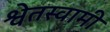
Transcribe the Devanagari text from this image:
श्वेतस्वामी